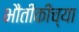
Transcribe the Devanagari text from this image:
भौतीकीच्या